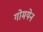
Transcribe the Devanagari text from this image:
गोमयेन